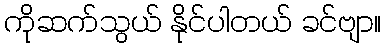
ကိုဆက်သွယ် နိုင်ပါတယ် ခင်ဗျာ။